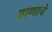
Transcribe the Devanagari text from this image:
वाणाचे